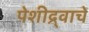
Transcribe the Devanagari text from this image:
पेशीद्र्वाचे